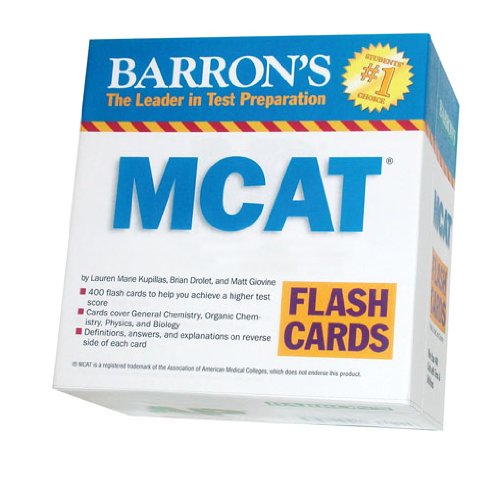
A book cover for Barron's MCAT Flash Cards; Lauren Marie Kupillas; Test Preparation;